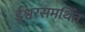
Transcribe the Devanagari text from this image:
ईश्वरसमर्थित